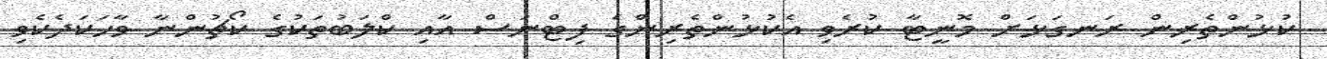
ކުޅުންތެރިން ރަނގަޅަށް މޮނީޓާ ކުރެވި އެކުޅުންތެރިންގެ ފިޓްނަސް އާއި ކްލަބުތަކުގެ ކޯޗުންނާ ވާހަކަދެކެވި